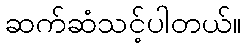
ဆက်ဆံသင့်ပါတယ်။